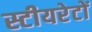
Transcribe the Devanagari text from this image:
स्टीयरेटों